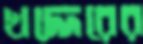
খদ্দেরের